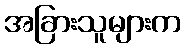
အခြားသူများက